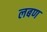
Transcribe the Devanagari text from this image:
लबण